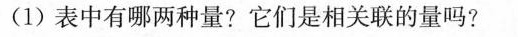
(1)表中有哪两种量?它们是相关联的量吗?